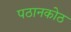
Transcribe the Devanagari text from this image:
पठानकोठ